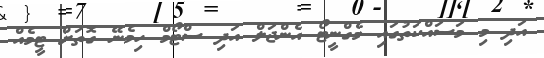
އަދި މި މަސައްކަތުގައި މެގްނީޓޯ އެންޖަލް އަދި ސްޓޯމް ހިމެނޭ ގޮތަށް ޓީމެއް